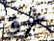
غرق